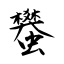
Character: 蠜